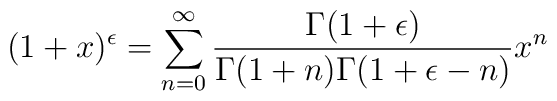
(1+x)^{\epsilon} = \sum_{n=0}^{\infty}  \frac{\Gamma(1+\epsilon)}{\Gamma(1+n)\Gamma(1+\epsilon-n)} x^n